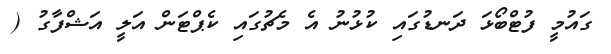
ގައުމީ ފުޓްބޯޅަ ދަނޑުގައި ކުޅުނު އެ މެޗުގައި ކެޕްޓަން އަލީ އަޝްފާގު (